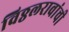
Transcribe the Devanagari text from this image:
विठ्ठलरावांची